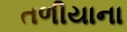
તળીયાના